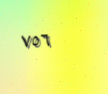
٧٥٦